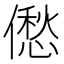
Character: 僽